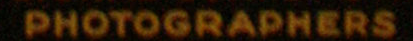
PHOTOGRAPHERS